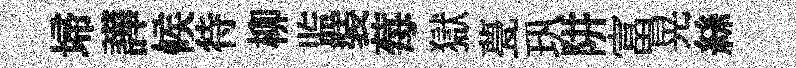
埽譁候待柳监裝莓獄甍㺬阱富晃絲